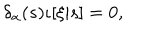
\delta _ { \alpha } ( s ) \iota [ \xi | s ] = 0 ,